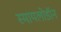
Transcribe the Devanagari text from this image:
स्मायलोडॉन